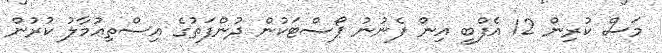
މަސް ކުރިން 12 އެފްބީ އިން ފެނުނު ޕޯސްޓަކުން ދުންފަތުގެ އިސްތިޢުމާލު ކުރުން